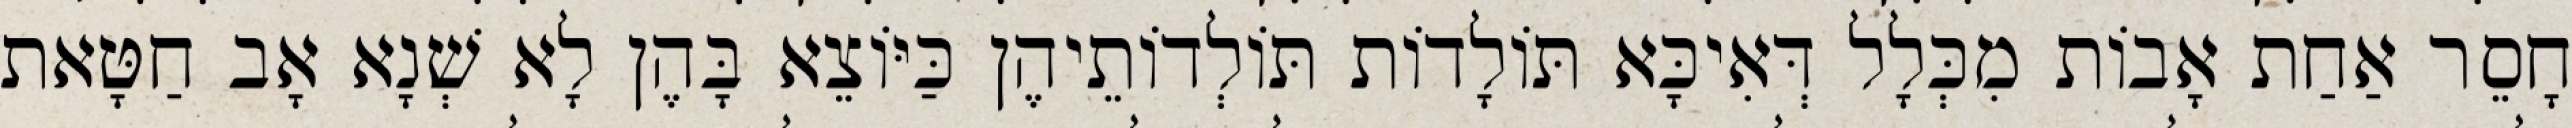
חָסֵר אַחַת אָבוֹת מִכְּלָל דְּאִיכָּא תּוֹלָדוֹת תּוֹלְדוֹתֵיהֶן כַּיּוֹצֵא בָּהֶן לָא שְׁנָא אָב חַטָּאת